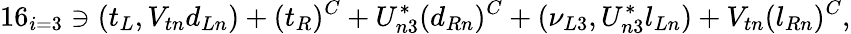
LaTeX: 16_{i=3}\ni(t_{L},V_{tn}d_{Ln})+(t_{R})^{C}+U_{n3}^{*}(d_{Rn})^{C}+(\nu_{L3},U_{n3}^{*}l_{Ln})+V_{tn}(l_{Rn})^{C},